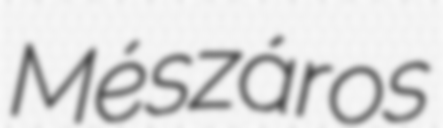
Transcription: Mészáros